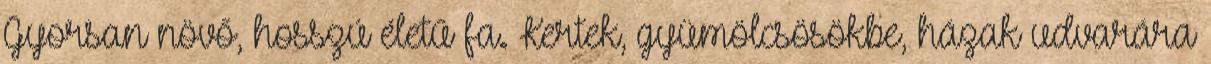
Gyorsan növő, hosszú életű fa. Kertek, gyümölcsösökbe, házak udvarára